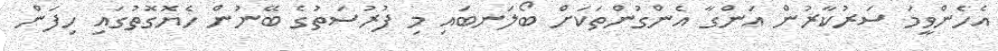
އެހެންވީމަ ސަރުކާރުން އަންގާ އެންގުންތަކަށް ބޯލަނބައި މި ފުރުސަތުގެ ބޭނުން ހެޔޮގޮތުގައި ހިފަން